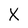
Character: X